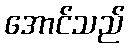
အောင်သည်